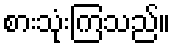
စားသုံးကြသည်။